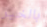
بالخير